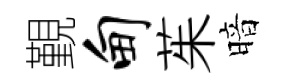
覲甸茱暗